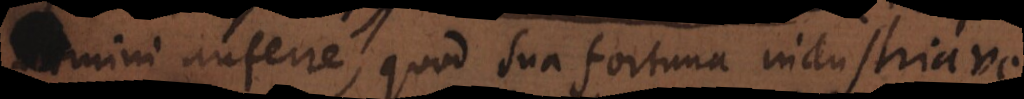
nemini auferre, quod sua fortuna industriave